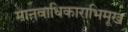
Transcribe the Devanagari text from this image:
मानवाधिकाराभिमूख